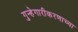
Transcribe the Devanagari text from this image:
गुन्हेगारीकरणाच्या